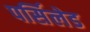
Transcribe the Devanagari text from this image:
पर्सिलेड